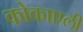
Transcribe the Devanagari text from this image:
कोकाएली